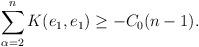
LaTeX: \begin{align*}\sum _{\alpha =2}^{n}K(e_1,e_1)\geq -C_0(n-1). \end{align*}